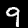
Digit: 9